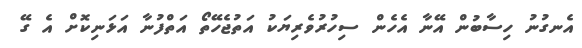
އެނގުނު ހިސާބުން އޭނާ އެހެން ސިހުރުވެރިޔަކު އަތުޖެހޭތޯ އަތްފުނާ އަޅަނިކޮށް އެ ގޭ